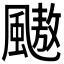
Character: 𱃋